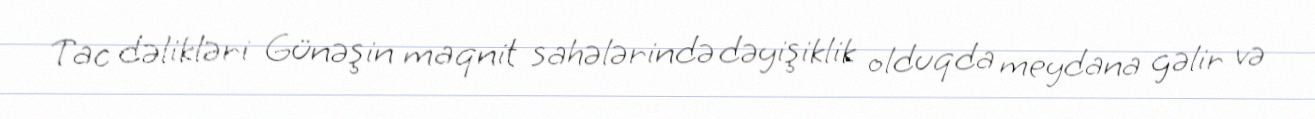
Tac dəlikləri Günəşin maqnit sahələrində dəyişiklik olduqda meydana gəlir və